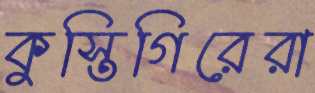
কুস্তিগিরেরা